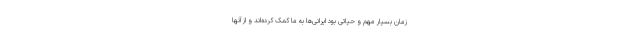
زمان بسیار مهم و حیاتی بود ایرانی‌ها به ما کمک کرده‌اند و از آنها